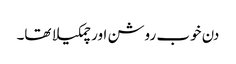
دن خوب روشن اور چمکیلا تھا۔